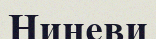
Ниневи